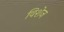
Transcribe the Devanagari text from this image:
विशेज